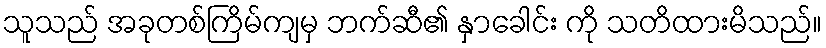
သူသည် အခုတစ်ကြိမ်ကျမှ ဘက်ဆီ၏ နှာခေါင်း ကို သတိထားမိသည်။